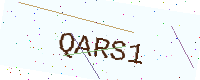
Text: QARS1